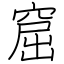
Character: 窟